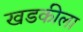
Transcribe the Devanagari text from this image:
खडकीला